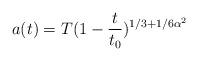
LaTeX: \begin{align*}a(t)=T(1-\frac{t}{t_0})^{1/3+1/6\alpha^2}\end{align*}